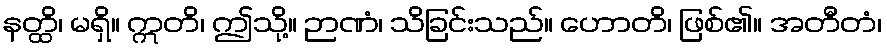
နတ္ထိ၊ မရှိ။ ဣတိ၊ ဤသို့။ ဉာဏံ၊ သိခြင်းသည်။ ဟောတိ၊ ဖြစ်၏။ အတီတံ၊